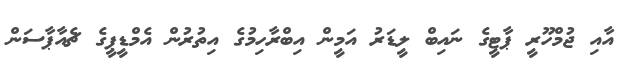
އާއި ޖުމްހޫރީ ޕާޓީގެ ނައިބް ލީޑަރު އަމީން އިބްރާހިމުގެ އިތުރުން އެމްޑީޕީގެ ޗެއާޕާސަން